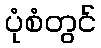
ပုံစံတွင်